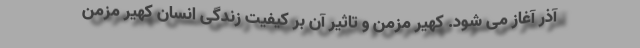
آذر آغاز می شود. کهیر مزمن و تاثیر آن بر کیفیت زندگی انسان کهیر مزمن